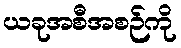
ယခုအစီအစဉ်ကို